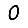
Digit: 0